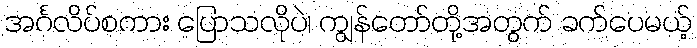
အင်္ဂလိပ်စကား ပြောသလိုပဲ၊ ကျွန်တော်တို့အတွက် ခက်ပေမယ့်